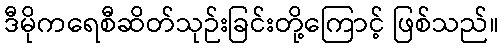
ဒီမိုကရေစီဆိတ်သုဉ်းခြင်းတို့ကြောင့် ဖြစ်သည်။